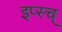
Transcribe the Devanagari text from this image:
इप्स्च्